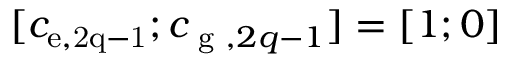
[ c _ { \mathrm { e , 2 q - 1 } } ; c _ { \textrm { g } , 2 q - 1 } ] = [ 1 ; 0 ]